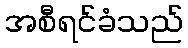
အစီရင်ခံသည်